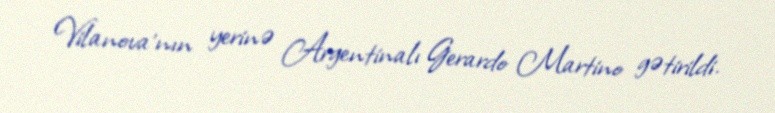
Vilanova'nın yerinə Argentinalı Gerardo Martino gətirildi.